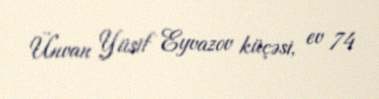
Ünvan Yüsif Eyvazov küçəsi, ev 74